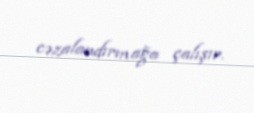
cəzalandırmağa çalışır.